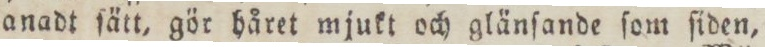
anadt ſätt, gör håret mjukt och glänſande ſom ſiden,